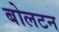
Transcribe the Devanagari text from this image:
बोलटन